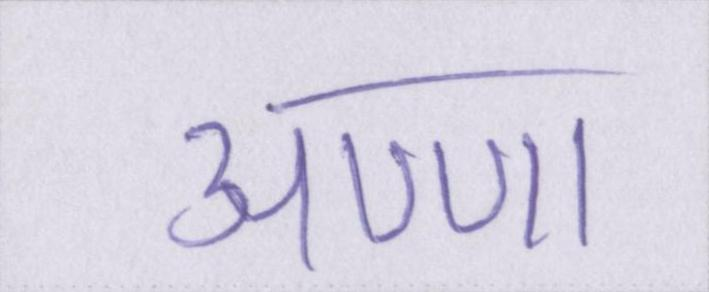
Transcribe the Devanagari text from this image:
अण्णा